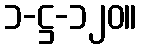
၁-ဋ္ဌ-၁၂၀။